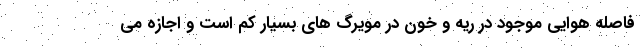
فاصله هوایی موجود در ریه و خون در مویرگ های بسیار کم است و اجازه می